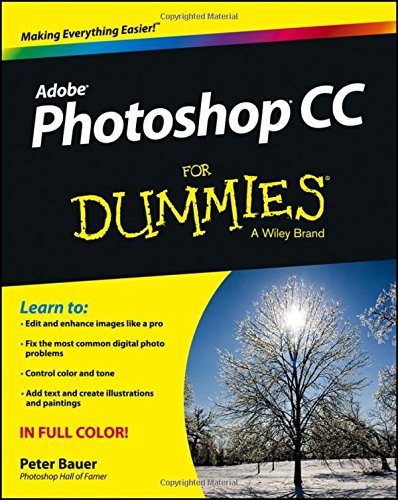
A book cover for Photoshop CC For Dummies; Peter Bauer; Computers & Technology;